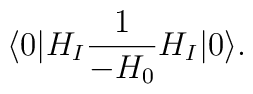
\langle 0 | H_I {1\over  -H_0} H_I | 0 \rangle .